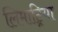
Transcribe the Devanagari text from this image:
लिमाट्रिया